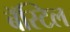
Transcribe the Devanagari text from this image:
बॅस्टिल